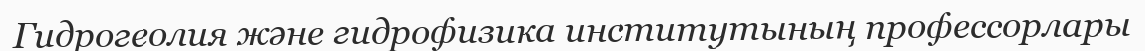
Гидрогеолия және гидрофизика институтының профессорлары